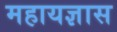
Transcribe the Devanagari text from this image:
महायज्ञास